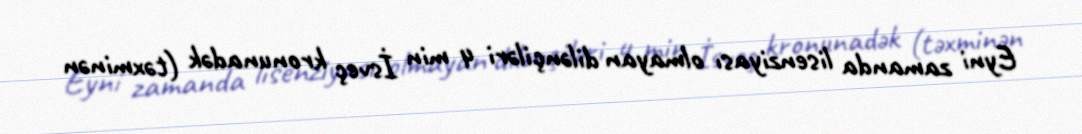
Eyni zamanda lisenziyası olmayan dilənçiləri 4 min İsveç kronunadək (təxminən